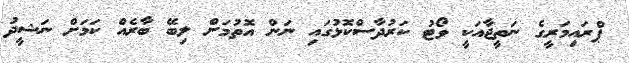
ޕްރައިމަރީގެ ނަތީޖާއަކީ ވޯޓު ކަރުދާސްކޮޅުގައި ނަން އޮތުމަށް ލިބޭ ބާރެއް ކަމަށް ނަޝީދު